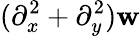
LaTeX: (\partial_{x}^{2}+\partial_{y}^{2})\mathbf{w}